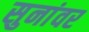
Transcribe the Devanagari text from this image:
सुनांवर